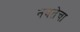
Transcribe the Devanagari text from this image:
नवतेचा